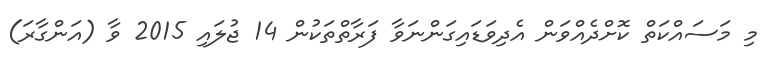
މި މަސައްކަތް ކޮށްދެއްވަން އެދިވަޑައިގަންނަވާ ފަރާތްތަކުން 14 ޖުލައި 2015 ވާ (އަންގާރަ)